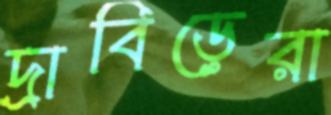
দ্রাবিড়েরা